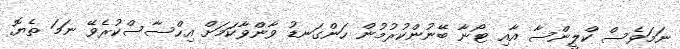
ނަމަވެސް ކްލީންސާ އާއި ޓޯނާ ބޭނުންކުރުމުން ހަންގަނޑު ވާންވާކަމަށް އިހްސާސްކުރެވޭ ނަމަ ތެޔޮ